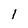
Character: l